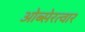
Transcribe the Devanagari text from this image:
ओब्सेरत्वार